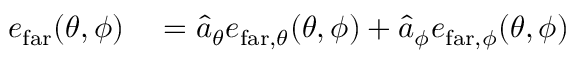
\begin{array} { r l } { \boldsymbol { e } _ { \mathrm { f a r } } ( \theta , \phi ) } & { { } = \boldsymbol { \hat { a } } _ { \theta } e _ { \mathrm { f a r } , \theta } ( \theta , \phi ) + \boldsymbol { \hat { a } } _ { \phi } e _ { \mathrm { f a r } , \phi } ( \theta , \phi ) } \end{array}